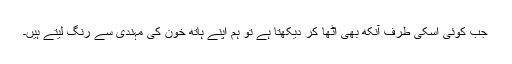
جب کوئی اسکی طرف آنکھ بھی اٹھا کر دیکھتا ہے تو ہم اپنے ہاتھ خون کی مہندی سے رنگ لیتے ہیں۔